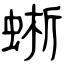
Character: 蜥